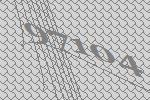
97104